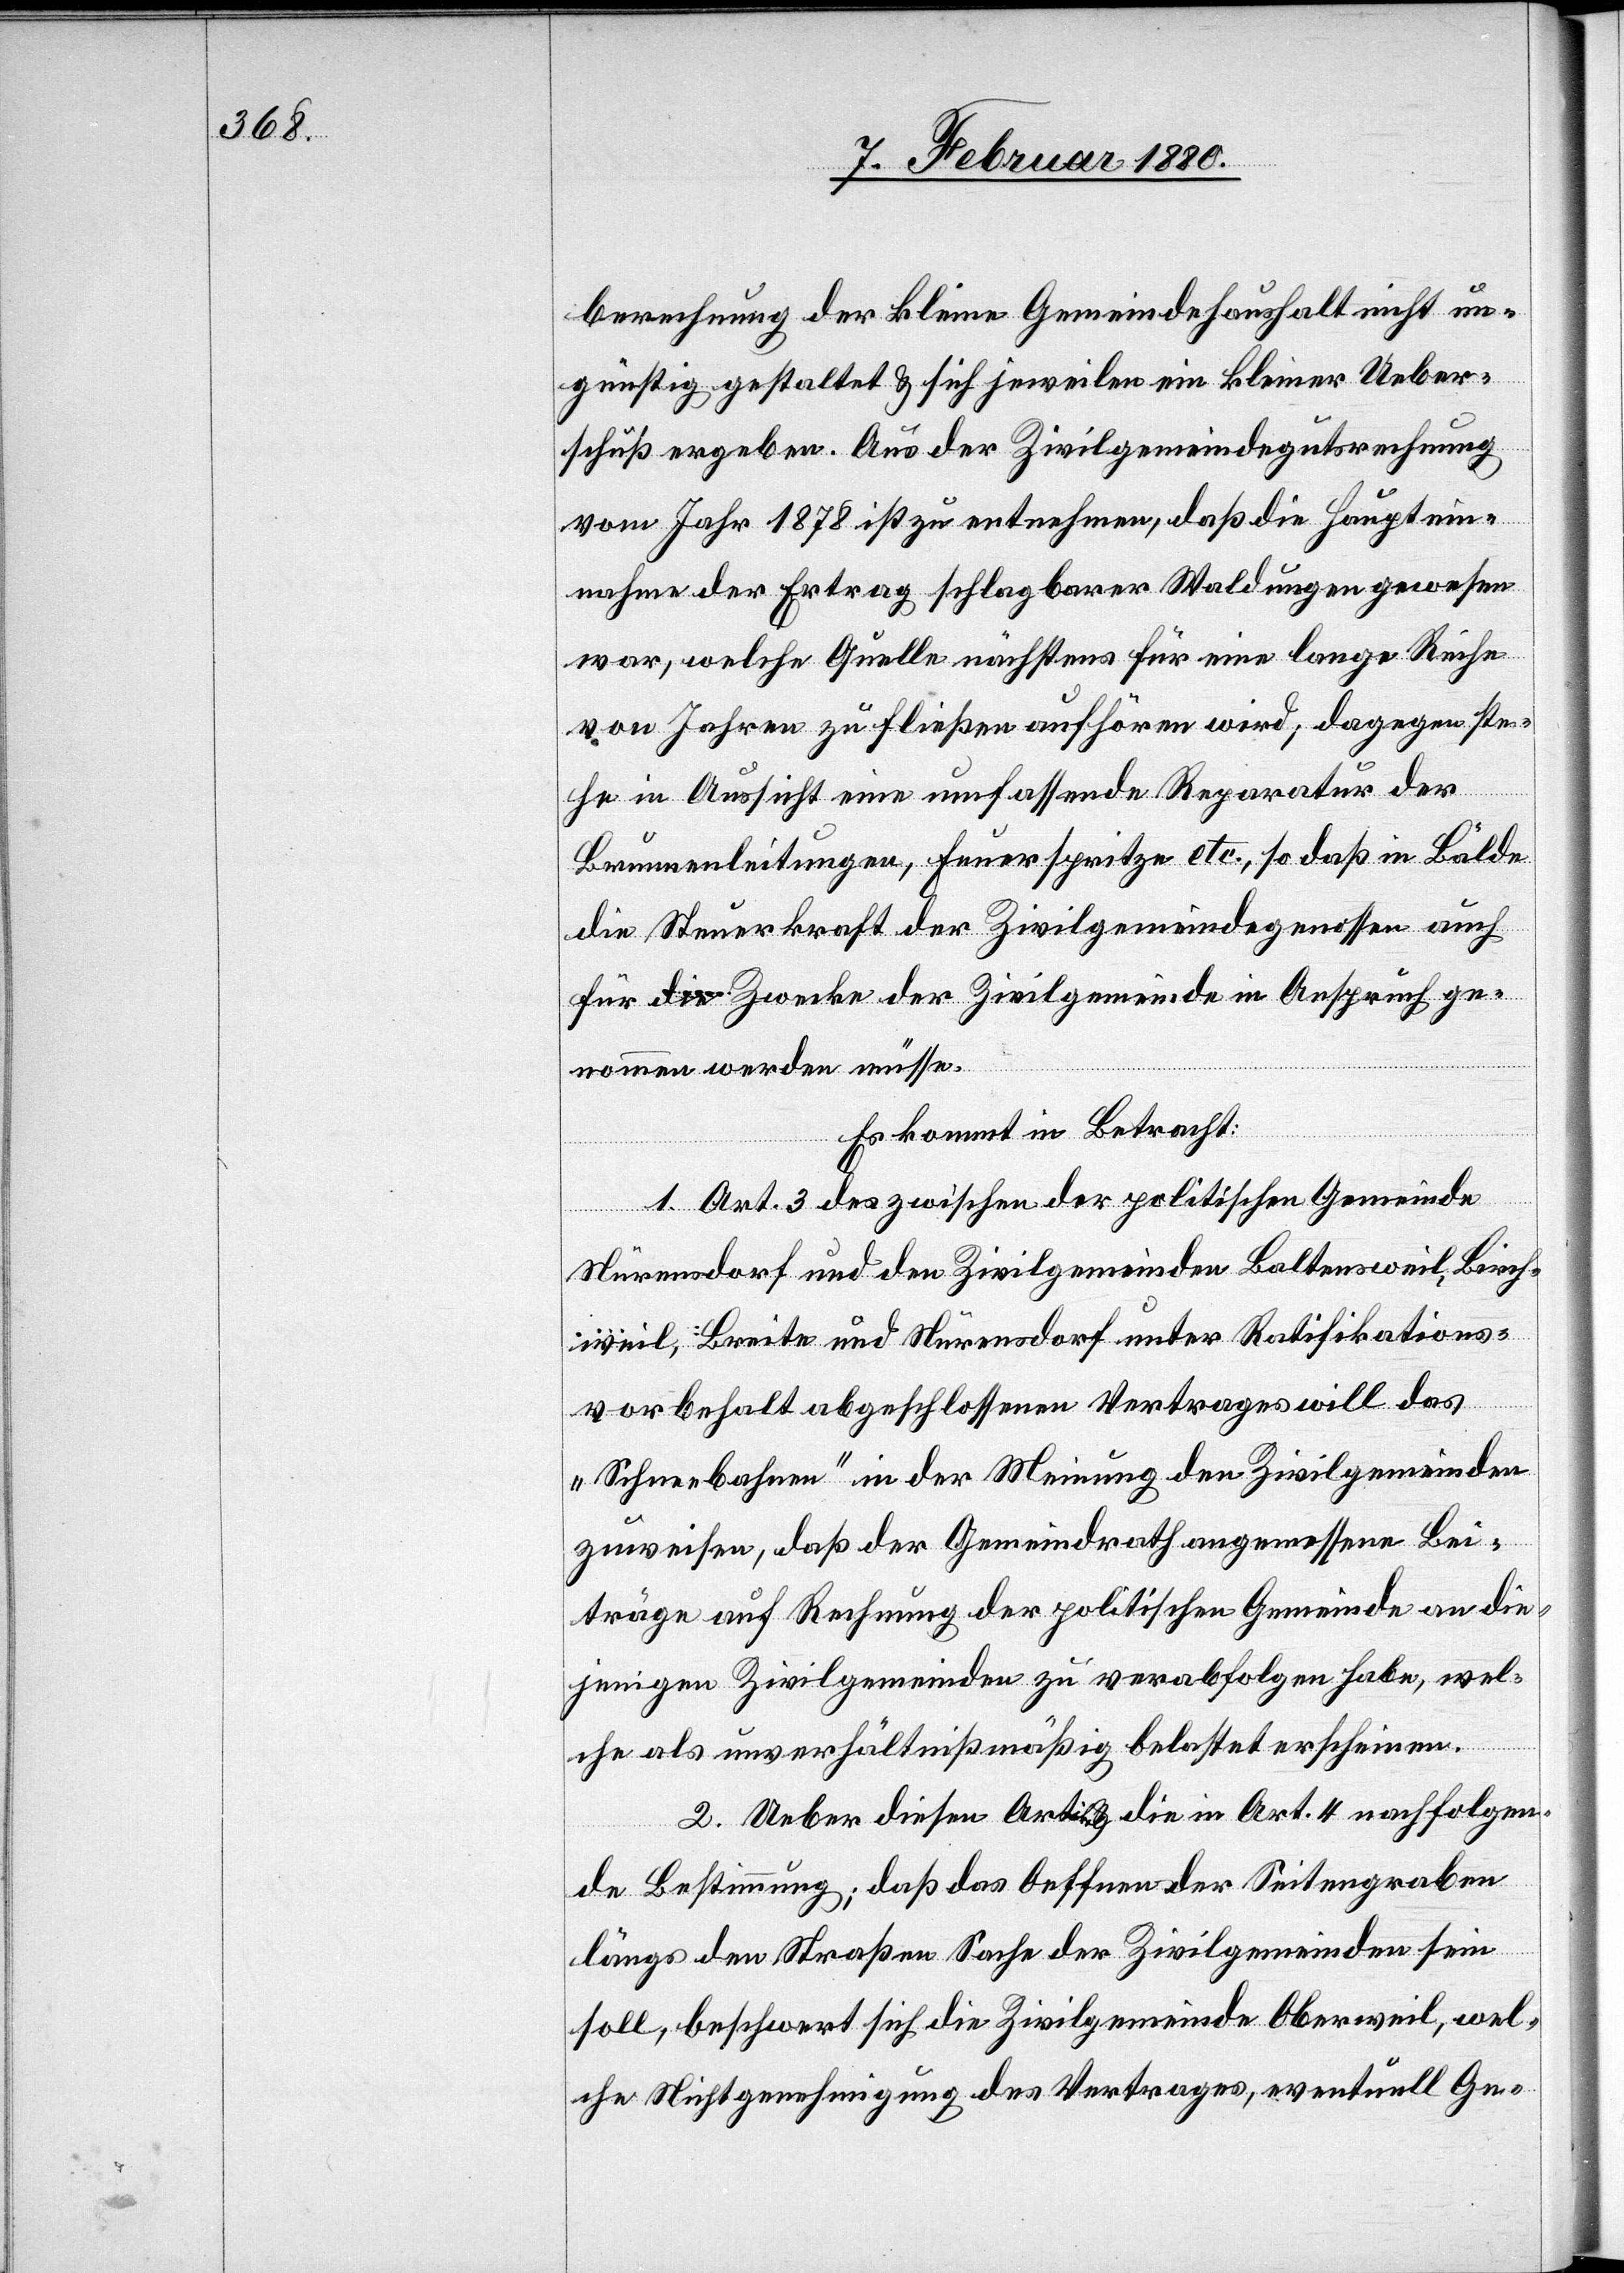
berechnung der kleine Gemeindehaushalt nicht un¬
günstig gestaltet & sich jeweilen ein kleiner Ueber¬
schuß ergeben. Aus der Zivilgemeindegutsrechnung
vom Jahr 1878 ist zu entnehmen, daß die Hauptein¬
nahme der Ertrag schlagbarer Waldungen gewesen
war, welche Quelle nächstens für eine lange Reihe
von Jahren zu fließen aufhören wird; dagegen ste¬
he in Aussicht eine umfassende Reparatur der
Brunnenleitungen, Feuerspritze etc., so daß in Bälde
die Steuerkraft der Zivilgemeindegenossen auf
für Zwecke der Zivilgemeinde in Anspruch ge¬
nommen werden müsse.
Es kommt in Betracht:
1. Art. 3 des zwischen der politischen Gemeinde
Nürensdorf und den Zivilgemeinden Baltensweil, Birch¬
weil, Breite und Nürensdorf unter Ratifikations¬
vorbehalt abgeschlossenen Vertrages will das
„Schneebahnen“ in der Meinung den Zivilgemeinden
zuweisen, daß der Gemeindrath angemessene Bei¬
träge auf Rechnung der politischen Gemeinde an die¬
jenigen Zivilgemeinden zu verabfolgen habe, wel¬
che als unverhältnißmäßig belastet erscheinen.
2. Ueber diesen Art. & die in Art. 4 nachfolgen¬
de Bestimmung, daß das Oeffnen der Seitengraben
längs den Straßen Sache der Zivilgemeinden sein
soll, beschwert sich die Zivilgemeinde Oberweil, wel¬
che Nichtgenehmigung des Vertrages, eventuell Ge-